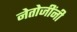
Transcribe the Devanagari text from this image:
नेतोजींनी